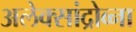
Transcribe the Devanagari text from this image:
अलेक्सांद्रोव्ना